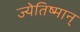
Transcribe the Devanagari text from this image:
ज्येतिष्मान्